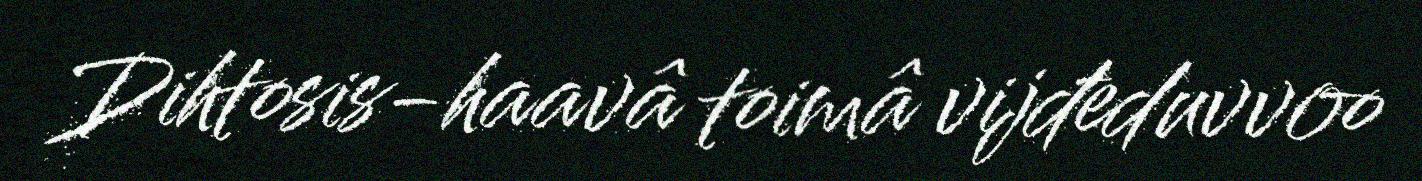
Dihtosis-haavâ toimâ vijđeduvvoo